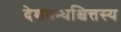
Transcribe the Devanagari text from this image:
देशबन्धश्चित्तस्य